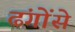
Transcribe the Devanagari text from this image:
ढंगोंसे